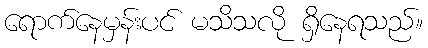
ရောက်နေမှန်းပင် မသိသလို ရှိနေရသည်။